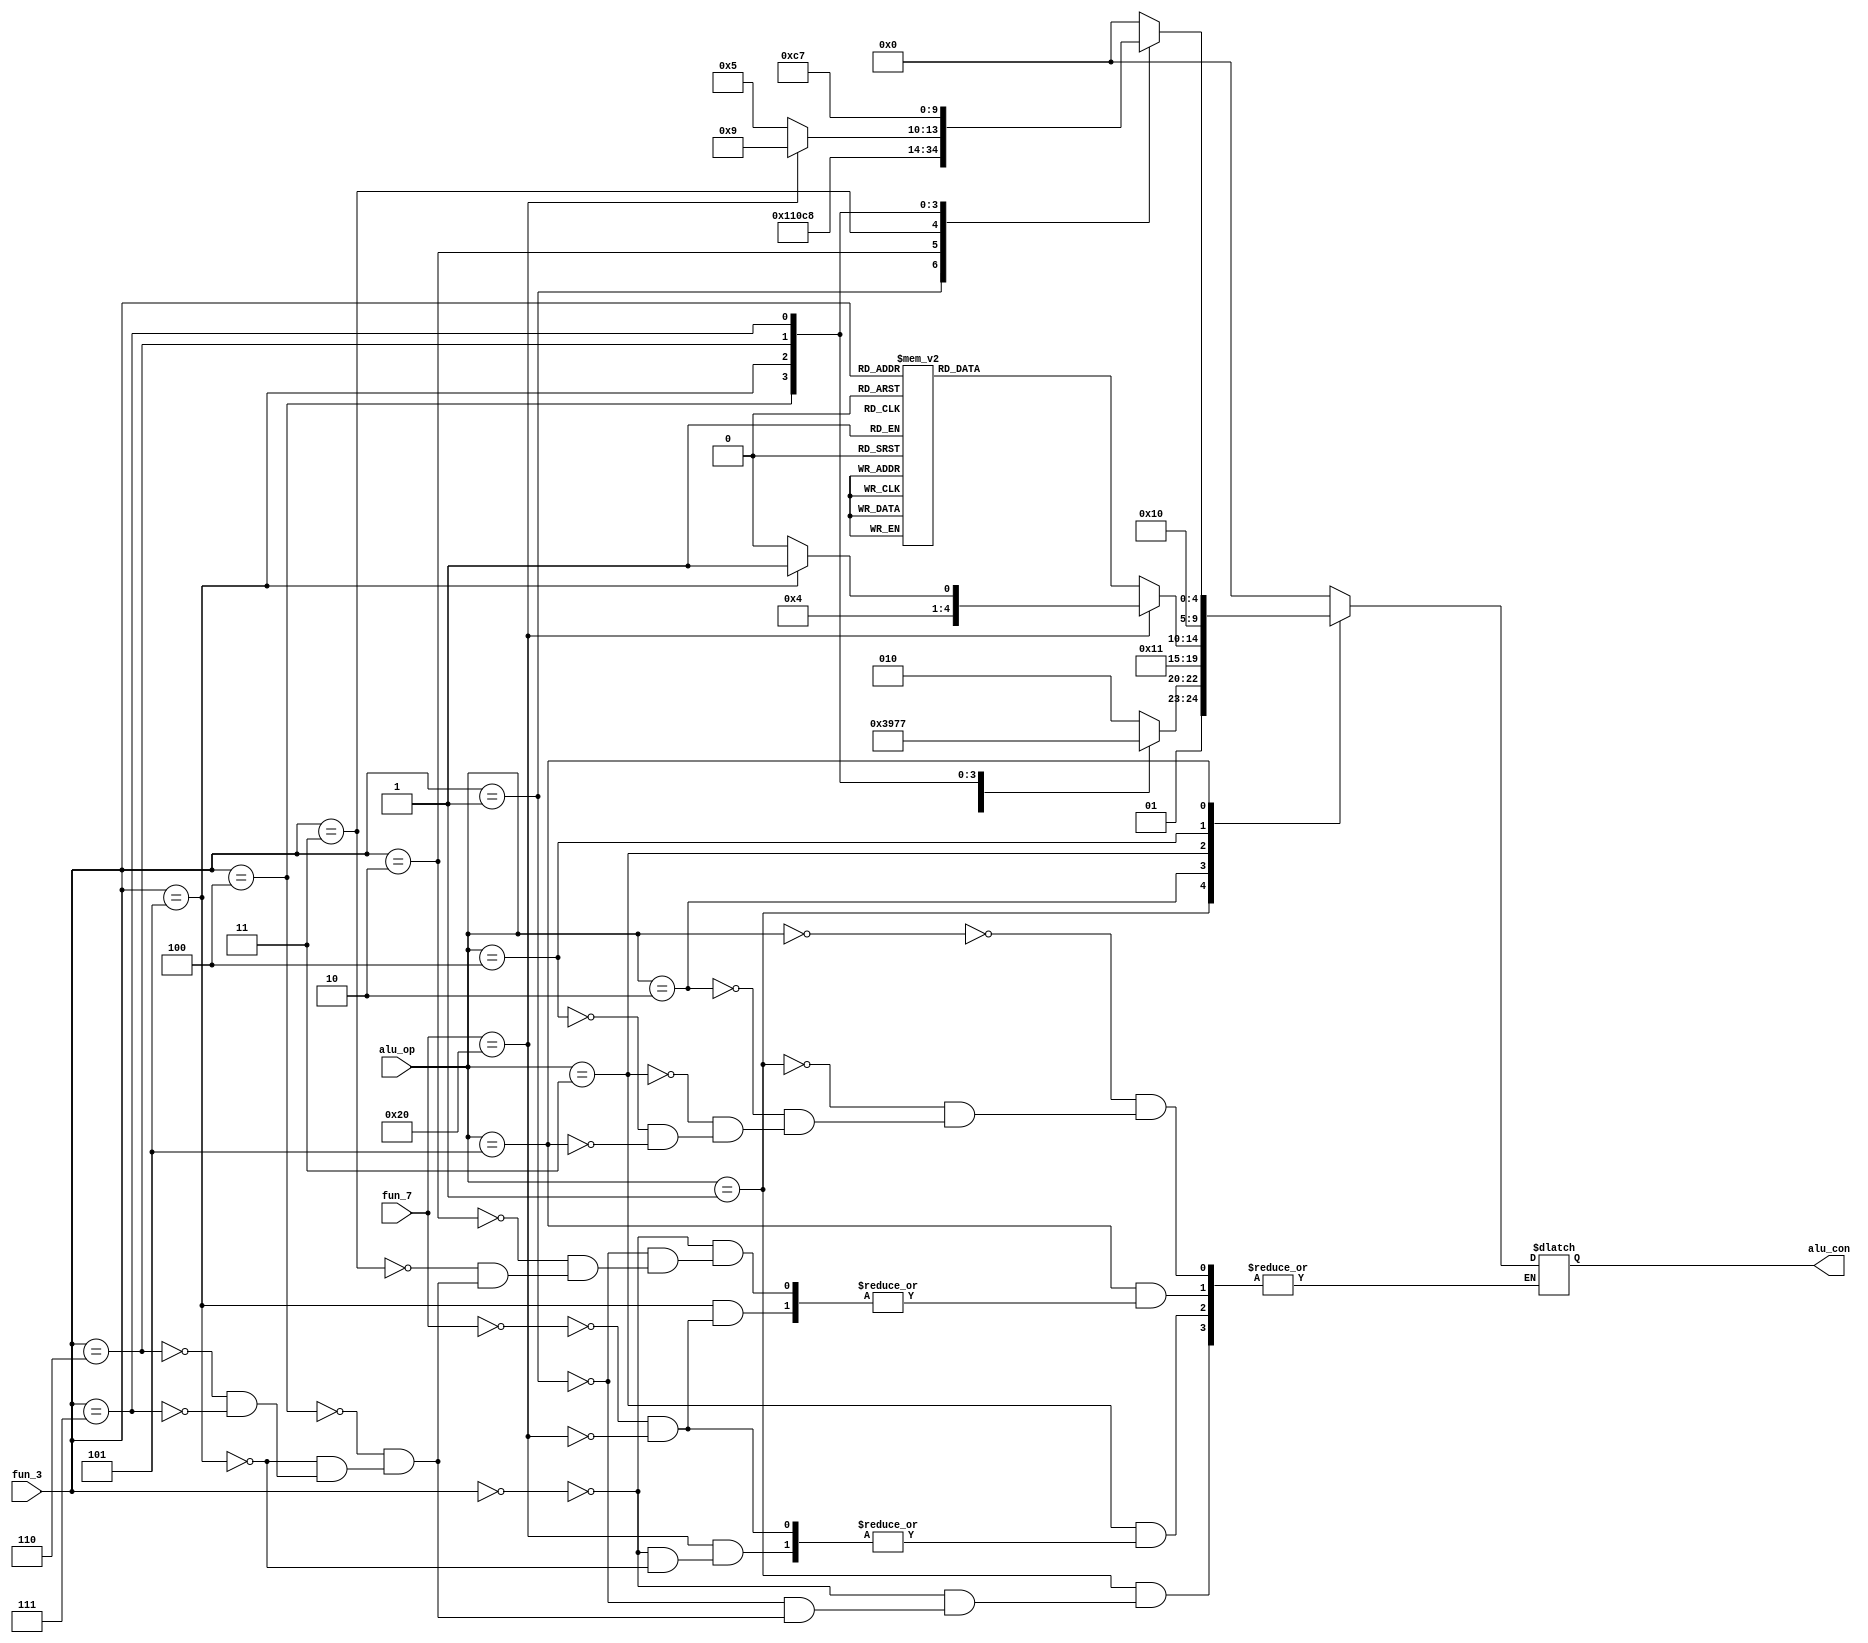
// ALU Control(Under construction)

module alu_con(fun_7,fun_3, alu_op, alu_con);

input [6:0] fun_7;
input [2:0] fun_3;
input [2:0] alu_op;
output reg [4:0] alu_con;
always@(*) begin
case(alu_op)
	3'b000:  alu_con <= 5'b00000;//add
	3'b001: begin
			case(fun_3)
				3'b000:  alu_con <= 5'b01010;//eq
				3'b001:  alu_con <= 5'b01011;//neq
				3'b100:  alu_con <= 5'b01100;//lt
				3'b101:  alu_con <= 5'b01101;//ge
				3'b110:  alu_con <= 5'b01110;//ltu
				3'b111:  alu_con <= 5'b01111;//geu
			endcase
			end
	3'b010:  alu_con <= 5'b10001;	
	3'b011: begin //alu
			case(fun_7)
				7'b0000000:case(fun_3)
							3'b000:  alu_con <= 5'b00000; //add
							3'b001:  alu_con <= 5'b00001; //sll
							3'b010:  alu_con <= 5'b00010; //slt
							3'b011:  alu_con <= 5'b00011; //sltu
							3'b100:  alu_con <= 5'b00100; //xor
							3'b101:  alu_con <= 5'b00101; //srl
							3'b110:  alu_con <= 5'b00110; //or
							3'b111:  alu_con <= 5'b00111; //and
						   endcase
				7'b0100000:case(fun_3)
							3'b000:  alu_con <= 5'b01000; //sub
							3'b101:  alu_con <= 5'b01001; //sra
						   endcase
				endcase
		  end
	3'b100:  alu_con <= 5'b10000;
	3'b101: begin //alu immediate
				case(fun_3)
				3'b000:  alu_con <= 5'b00000; //add
				3'b001:  alu_con <= 5'b00001; //sll
				3'b010:  alu_con <= 5'b00010; //slt
				3'b011:  alu_con <= 5'b00011; //sltu
				3'b100:  alu_con <= 5'b00100; //xor
				3'b101: begin
							case(fun_7)
							7'b0000000: alu_con <= 5'b00101; //srl
							7'b0100000: alu_con <= 5'b01001; //sra
							endcase
						  end
				3'b110:  alu_con <= 5'b00110; //or
				3'b111:  alu_con <= 5'b00111; //and
				endcase
			 end					
endcase
end
endmodule